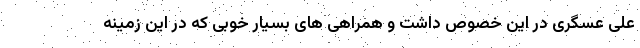
علی عسگری در این خصوص داشت و همراهی های بسیار خوبی که در این زمینه